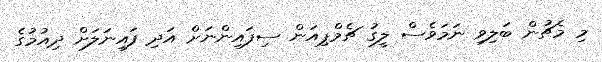
މި މެޗުން ބަލިވި ނަމަވެސް ލީގު ޗެމްޕިއަން ސިފައިންނަށް އަދި ފައިނަލަށް ދިއުމުގެ